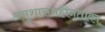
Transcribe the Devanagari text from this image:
अनुशासनहीनताका